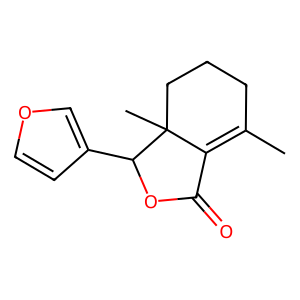
SMILES: CC1=C2C(=O)OC(c3ccoc3)C2(C)CCC1
Inhibits HIV replication: No